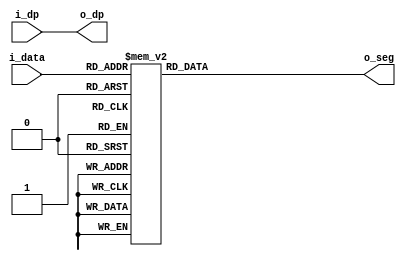
//*******************************FILE HEAD**************************************
//*********************Verilog HDL *********************
// FUNCTION        : 
// AUTHOR          : 
// DATE & REVISION : 
// COMPANY         : Verilog HDL 
// UPDATE          :
//******************************************************************************
`timescale 1ns/1ns

module seg_display
    (
        input [3: 0]i_data, //10 
        input i_dp,       
        
        output [6 : 0] o_seg, //7,ABCDEFG
        output o_dp
    );
    
    //o_code
    reg [6 :0] r_seg;
    
    assign o_dp = i_dp; //
    
    assign o_seg = r_seg; //assign
    
   
    always @(*) //always
    begin
   	    case(i_data)
   	        4'b0000: r_seg = 8'hc0; //0
   	        4'b0001: r_seg = 8'hf9; //1
   	        4'b0010: r_seg = 8'ha4; //2
   	        4'b0011: r_seg = 8'hb0; //3
   	        4'b0100: r_seg = 8'h99; //4
   	        4'b0101: r_seg = 8'h92; //5
   	        4'b0110: r_seg = 8'h82; //6
   	        4'b0111: r_seg = 8'hf8; //7
   	        4'b1000: r_seg = 8'h80; //8
   	        4'b1001: r_seg = 8'h90; //9
   	        4'b1010: r_seg = 8'hbf; //-
   	        
   	        default: r_seg = 8'hff; //
   	    endcase
	end
    
endmodule

// END OF seg_display.v FILE ***************************************************